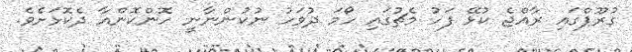
ގުރޫޕްގައި ރާއްޖެ ކުޅޭ ފަހު މެޗުގައި ހޯމަ ދުވަހު ނުކުންނާނީ ހޮންކޮންއާ ދެކޮޅަށެވެ.